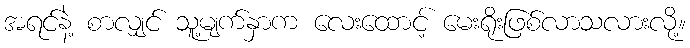
အရင်နဲ့ စာလျှင် သူ့မျက်နှာက လေးထောင့် မေးရိုးဖြစ်လာသလားလို့။